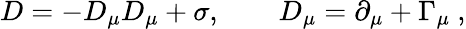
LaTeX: D=-D_{\mu}D_{\mu}+\sigma,\qquad D_{\mu}=\partial_{\mu}+\Gamma_{\mu}\ ,